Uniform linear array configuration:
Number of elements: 24
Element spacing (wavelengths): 0.25
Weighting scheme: kaiser
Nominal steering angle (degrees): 0
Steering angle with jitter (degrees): -0.226
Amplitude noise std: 0.05
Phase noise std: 0.05

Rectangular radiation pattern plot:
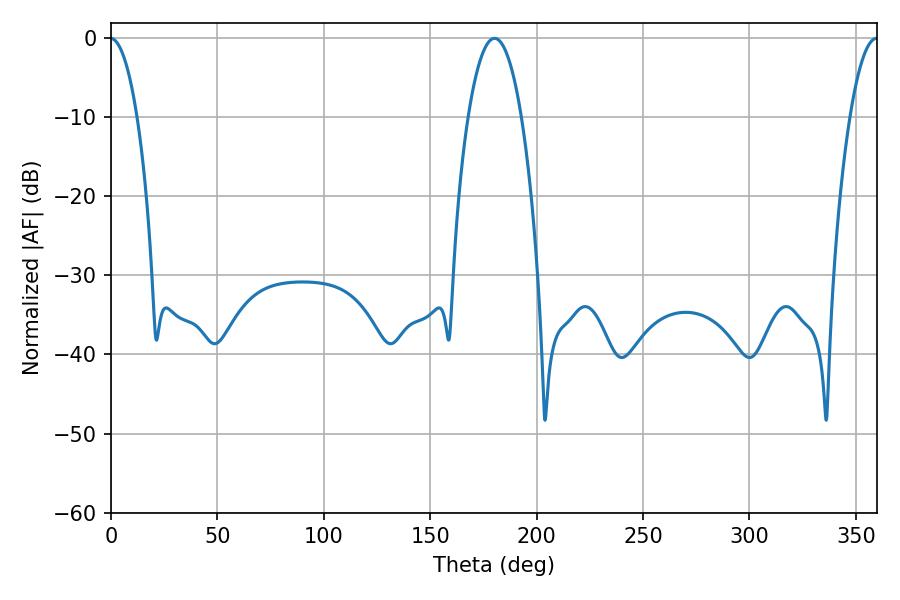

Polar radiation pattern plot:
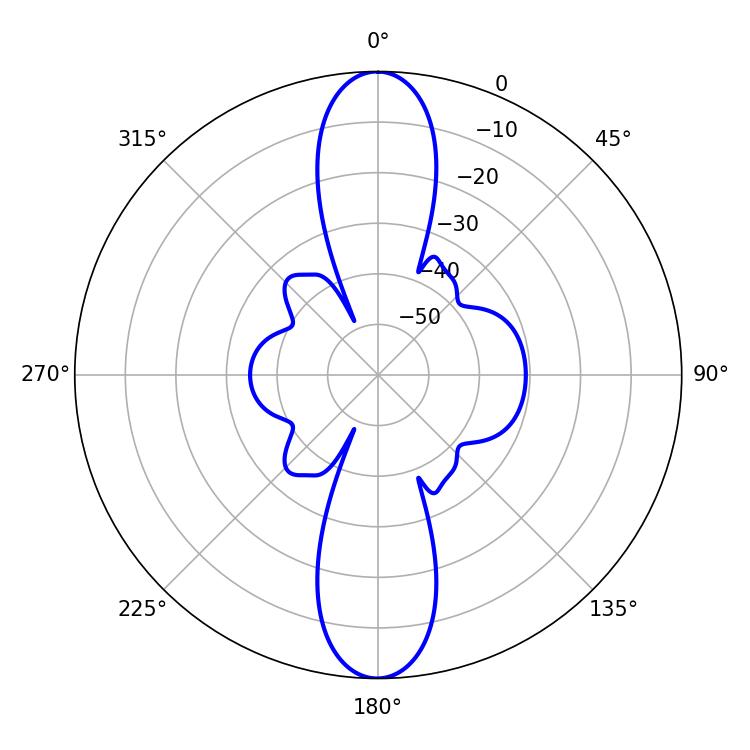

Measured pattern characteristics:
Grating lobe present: FALSE
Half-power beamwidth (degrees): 13.86
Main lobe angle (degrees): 180.18